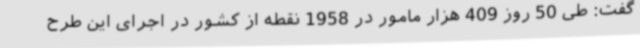
گفت: طی 50 روز 409 هزار مامور در 1958 نقطه از کشور در اجرای این‌ طرح